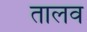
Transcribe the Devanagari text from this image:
तालव